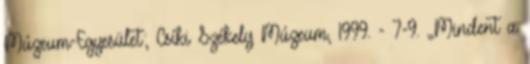
Múzeum-Egyesület; Csíki Székely Múzeum, 1999. - 7-9. „Mindent a